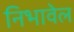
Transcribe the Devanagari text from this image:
निभावेल